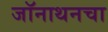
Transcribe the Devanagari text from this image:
जॉनाथनचा